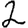
Digit: 2